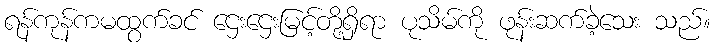
ရန်ကုန်ကမထွက်ခင် ဌေးဌေးမြင့်တို့ရှိရာ ပုသိမ်ကို ဖုန်းဆက်ခဲ့သေး သည်။